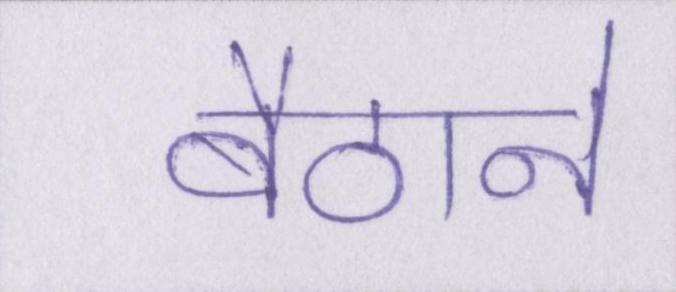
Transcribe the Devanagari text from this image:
बैठाने